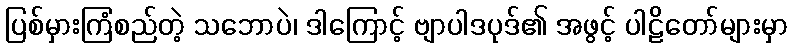
ပြစ်မှားကြံစည်တဲ့ သဘောပဲ၊ ဒါကြောင့် ဗျာပါဒပုဒ်၏ အဖွင့် ပါဠိတော်များမှာ